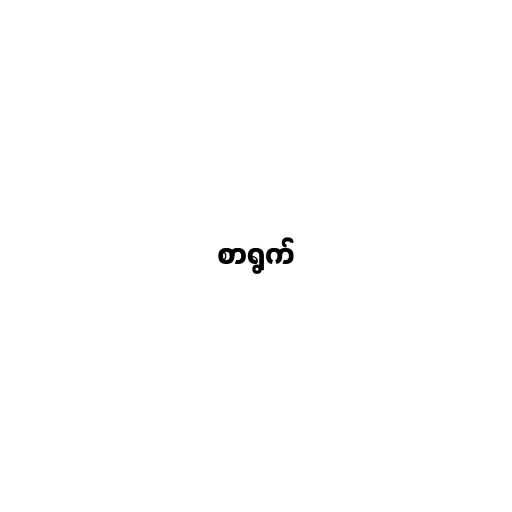
စာရွက်